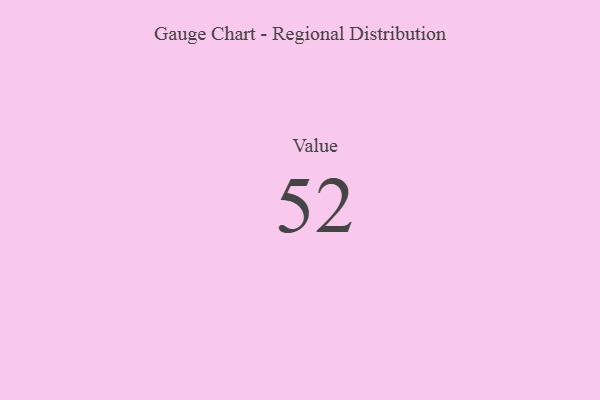
{"axis": {"x": "Metric", "y": "Value"}, "legend": [""], "data": [{"x": "Value", "y": 52, "type": ""}]}